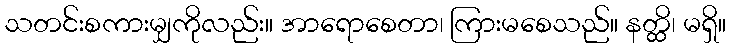
သတင်းစကားမျှကိုလည်း။ အာရောစေတာ၊ ကြားမစေသည်။ နတ္ထိ၊ မရှိ။